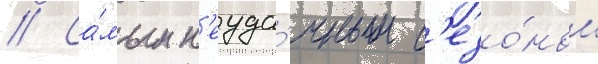
// Са́мым н'еуда́чным с'езо́ном